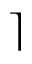
\rceil